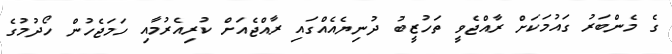
ގެ މެންބަރު ގައުމަކަށް ރާއްޖެވީ ތަހުޒީބު ދުނިޔެއެއްގައި ރާއްޖެއަށް ކުރިއެރުމާއި ހަމަޖެހުން ހޯދުމުގެ